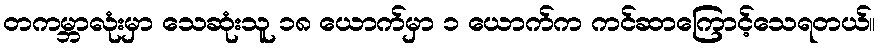
တကမ္ဘာလုံးမှာ သေဆုံးသူ ၁၈ ယောက်မှာ ၁ ယောက်က ကင်ဆာကြောင့်သေရတယ်။